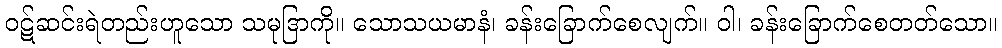
ဝဋ်ဆင်းရဲတည်းဟူသော သမုဒြာကို။ သောသယမာနံ၊ ခန်းခြောက်စေလျက်။ ဝါ၊ ခန်းခြောက်စေတတ်သော။